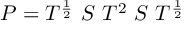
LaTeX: P = T ^ { \frac { 1 } { 2 } } \ S \ T ^ { 2 } \ S \ T ^ { \frac { 1 } { 2 } }